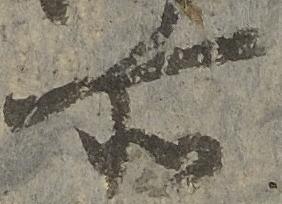
所